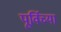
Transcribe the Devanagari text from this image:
पूर्विच्या